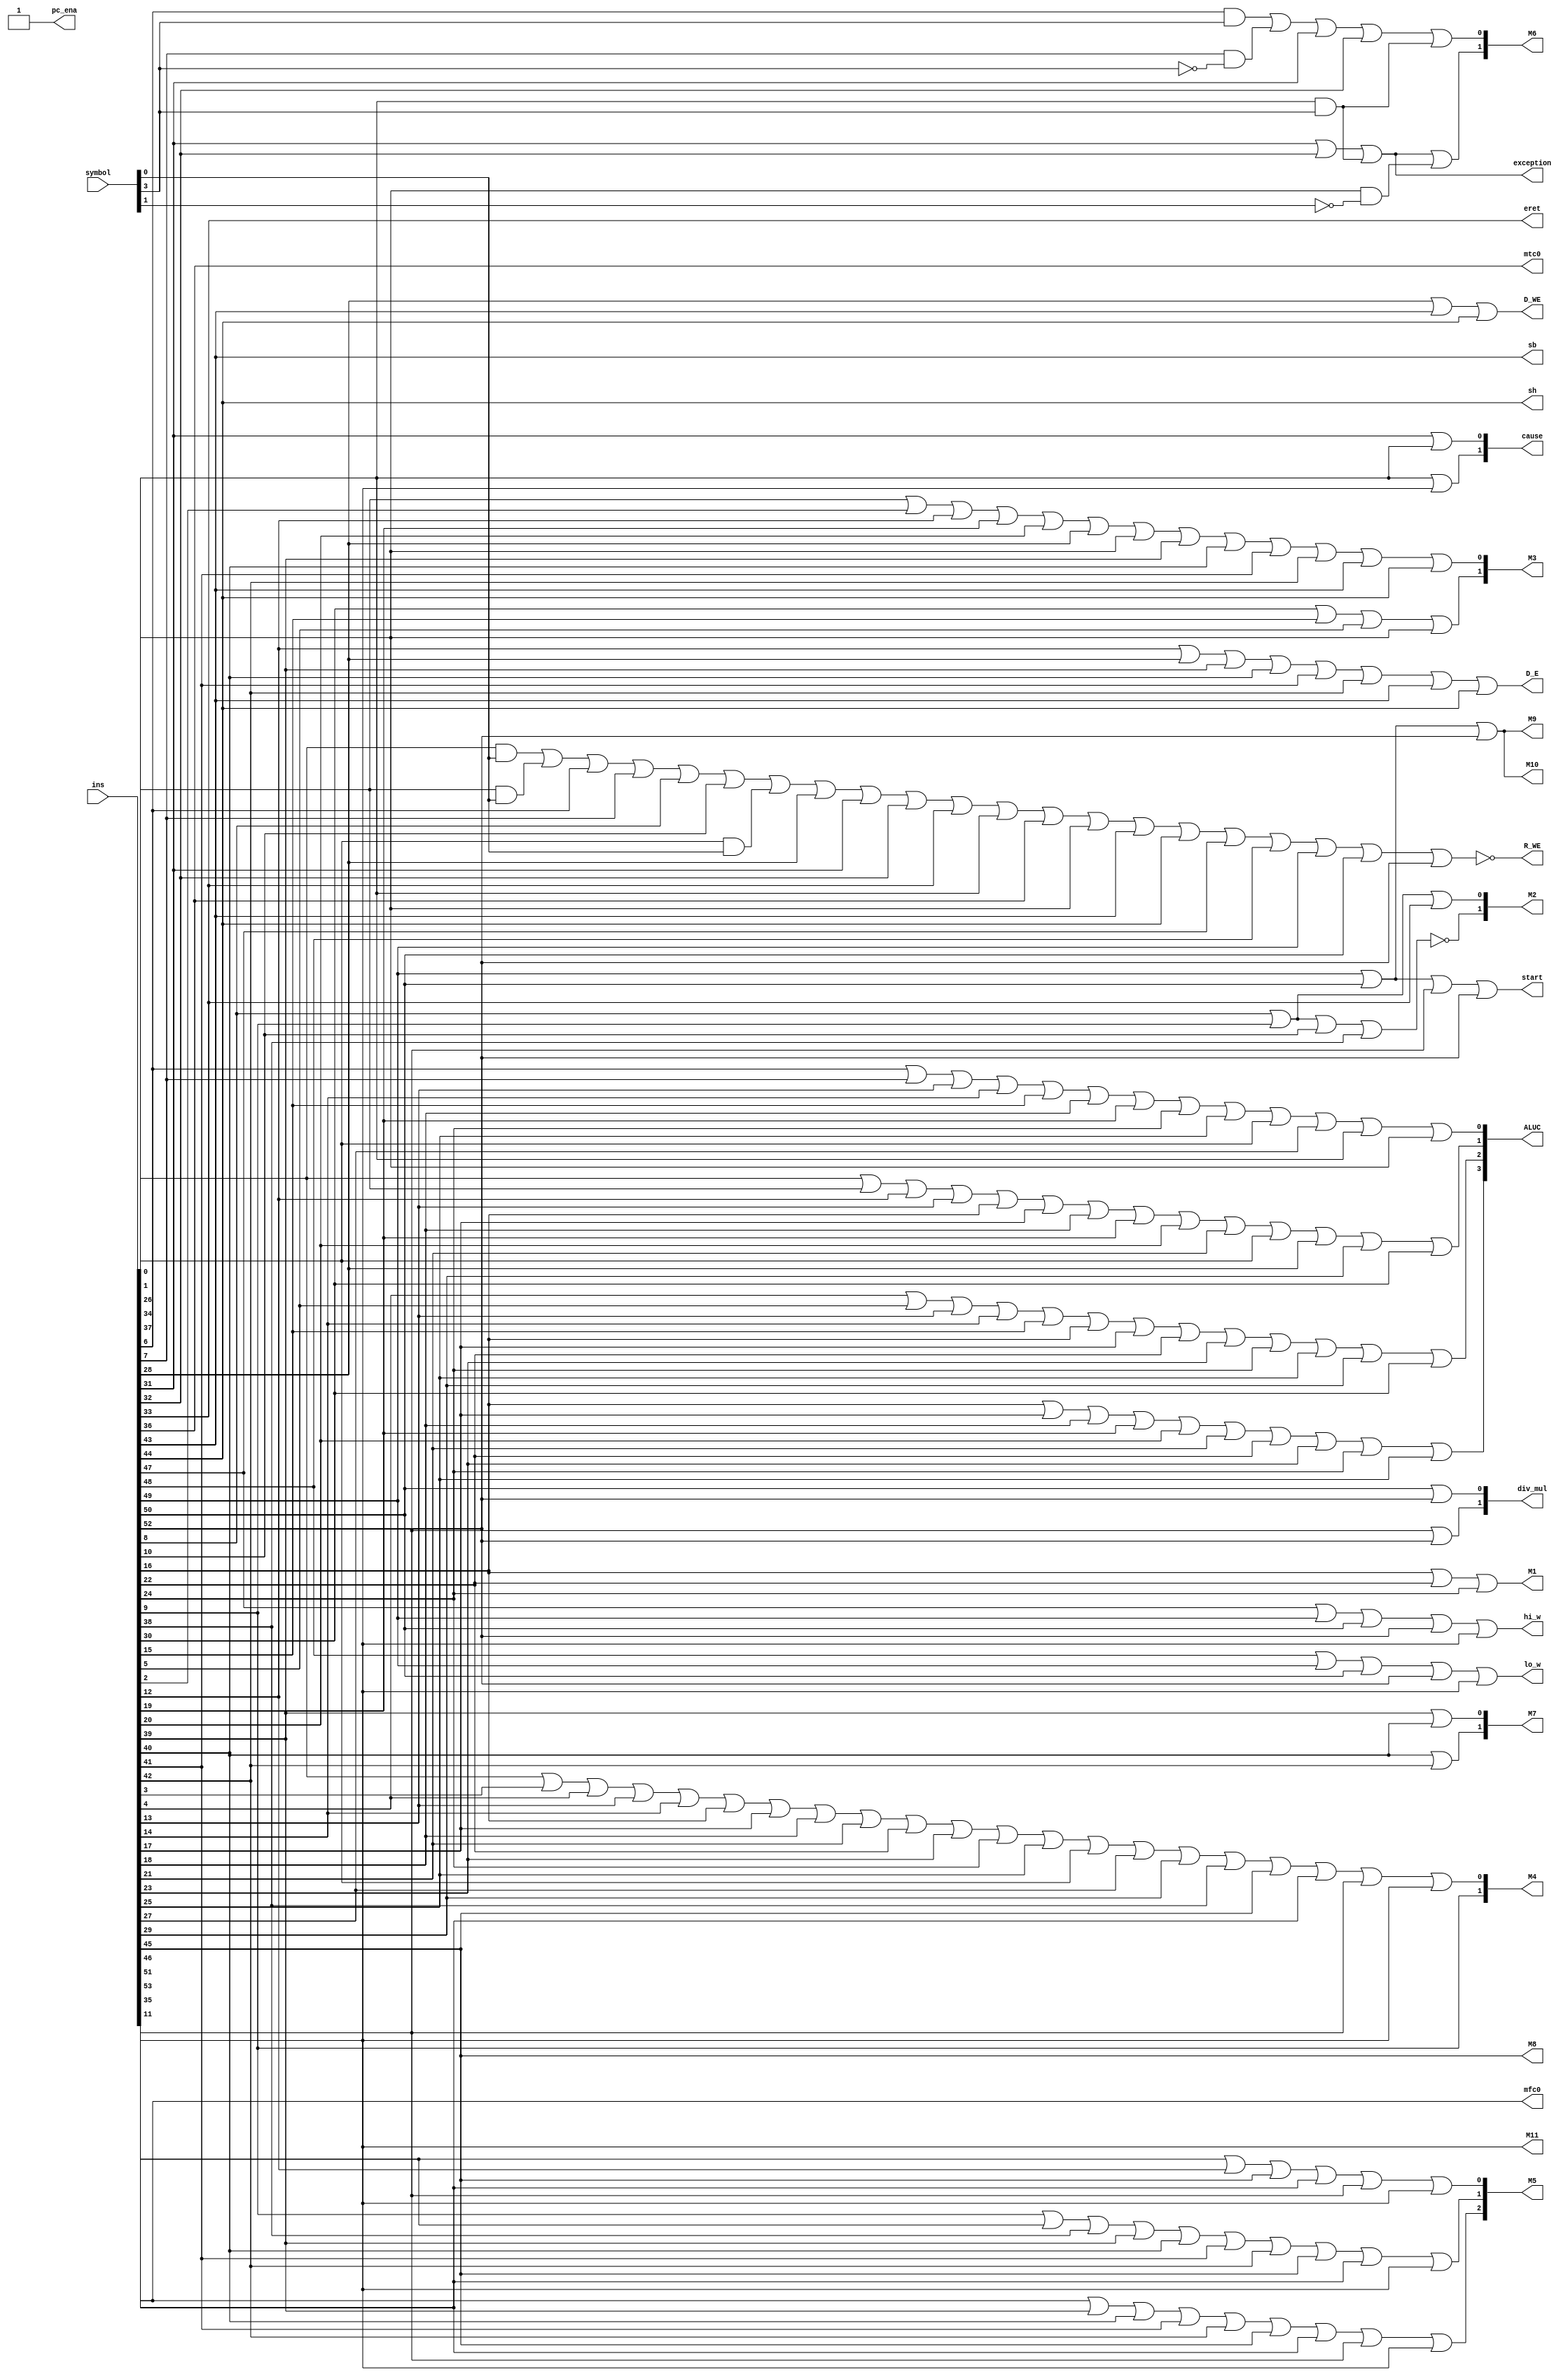
`timescale 1ns / 1ps
//////////////////////////////////////////////////////////////////////////////////
// Company: 
// Engineer: 
// 
// Design Name: 
// Module Name: Control
// Project Name: 
// Target Devices: 
// Tool Versions: 
// Description: 
// 
// Dependencies: 
// 
// Revision:
// Revision 0.01 - File Created
// Additional Comments:
// 
//////////////////////////////////////////////////////////////////////////////////


module Control(
    input [53:0] ins,           // 54IR
    input [3:0] symbol,         // 4ALU
    output pc_ena,
    output R_WE,
    output M1,
    output [1:0] M2,
    output [1:0] M3,
    output [1:0] M4,
    output [2:0] M5,
    output [1:0] M6,
    output [1:0] M7,
    output M8,
    output M9,
    output M10,
    output M11,
    output [3:0] ALUC,
    output D_WE,
    output D_E,
    output mfc0,
    output mtc0,
    output exception,
    output eret,
    output [1:0] cause,
    output sb,
    output sh,
    output lo_w,
    output hi_w,
    output [1:0] div_mul,
    output start
    );
    
    assign pc_ena=1'b1;
    assign R_WE=~((ins[0]&symbol[0])||(ins[1]&symbol[0])||ins[6]||ins[7]||ins[8]||ins[10]||(ins[26]&symbol[0])||ins[28]||ins[31]||ins[32]||ins[33]||ins[34]||ins[36]||ins[37]||ins[43]||ins[44]||ins[47]||ins[48]||ins[49]||ins[50]||ins[52]);
    assign M1=ins[16]||ins[22]||ins[24];
    assign M2[1]=~(ins[8]||ins[9]||ins[10]||ins[38]);
    assign M2[0]=ins[8]||ins[9]||ins[33];
    assign M3[1]=ins[30]||ins[15]||ins[5]||ins[37];
    assign M3[0]=ins[1]||ins[2]||ins[12]||ins[19]||ins[20]||ins[28]||ins[37]||ins[39]||ins[40]||ins[41]||ins[42]||ins[43]||ins[44];
    assign M4[1]=ins[9];
    assign M4[0]=ins[0]||ins[3]||ins[4]||ins[13]||ins[14]||ins[16]||ins[17]||ins[18]||ins[21]||ins[22]||ins[23]||ins[24]||ins[25]||ins[26]||ins[27]||ins[29]||ins[38]||ins[45]||ins[46]||ins[51]||ins[53];
    assign M5[2]=ins[35]||ins[39]||ins[40]||ins[41]||ins[42]||ins[45]||ins[46]||ins[51]||ins[53];
    assign M5[1]=ins[9]||ins[11]||ins[38]||ins[39]||ins[40]||ins[41]||ins[42]||ins[45]||ins[46]||ins[53];
    assign M5[0]=ins[11]||ins[12]||ins[45]||ins[46]||ins[51]||ins[53];
    assign M6[1]=ins[31]||ins[32]||(ins[34]&symbol[3])||(ins[37]&~symbol[1]);
    assign M6[0]=(ins[6]&symbol[3])||(ins[7]&~symbol[3])||ins[31]||ins[32]||(ins[34]&symbol[3]);
    assign M7[1]=ins[40]||ins[42];
    assign M7[0]=ins[39]||ins[40];
    assign M8=ins[45];
    assign M9=ins[49]||ins[50]||ins[52];
    assign M10=ins[49]||ins[50]||ins[52];
    assign M11=ins[53];
    assign ALUC[3]=ins[16]||ins[17]||ins[18]||ins[19]||ins[20]||ins[21]||ins[22]||ins[23]||ins[24]||ins[25];
    assign ALUC[2]=ins[4]||ins[5]||ins[13]||ins[14]||ins[15]||ins[16]||ins[17]||ins[22]||ins[23]||ins[24]||ins[25]||ins[29]||ins[30];
    assign ALUC[1]=ins[0]||ins[1]||ins[12]||ins[13]||ins[16]||ins[17]||ins[18]||ins[19]||ins[20]||ins[21]||ins[26]||ins[28]||ins[29]||ins[30];
    assign ALUC[0]=ins[6]||ins[7]||ins[13]||ins[14]||ins[15]||ins[18]||ins[19]||ins[24]||ins[25]||ins[26]||ins[27]||ins[34]||ins[37];
    assign D_WE=ins[28]||ins[43]||ins[44];
    assign D_E=ins[12]||ins[28]||ins[39]||ins[40]||ins[41]||ins[42]||ins[43]||ins[44];
    assign mfc0=ins[35];
    assign mtc0=ins[36];
    assign exception=ins[31]||ins[32]||(ins[34]&symbol[3]);
    assign eret=ins[33];
    assign cause[1]=ins[34]|ins[53];
    assign cause[0]=ins[31]|ins[34];
    assign sb=ins[43];
    assign sh=ins[44];
    assign lo_w=ins[48]||ins[49]||ins[50]||ins[52]||ins[53];
    assign hi_w=ins[47]||ins[49]||ins[50]||ins[52]||ins[53];
    assign div_mul[1]=ins[51]||ins[52];
    assign div_mul[0]=ins[50]||ins[52];
    assign start=ins[49]||ins[50]||ins[51]||ins[52];
endmodule